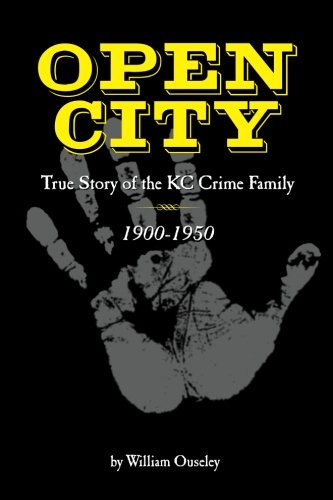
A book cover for Open City: True Story of the KC Crime Family 1900-1950; william N ouseley; Biographies & Memoirs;